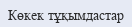
Көкек тұқымдастар